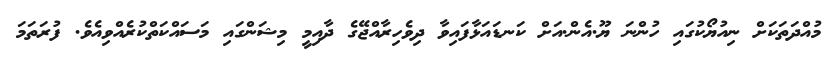
މުއްދަތަކަށް ނިއުޔޯކުގައި ހުންނަ ޔޫ.އެން.އަށް ކަނޑައަޅާފައިވާ ދިވެހިރާއްޖޭގެ ދާއިމީ މިޝަންގައި މަސައްކަތްކުރެއްވިއެވެ. ފުރަތަމަ